Vaccination in Bombay 1869-1873 - 1869-1873
Year: 1869
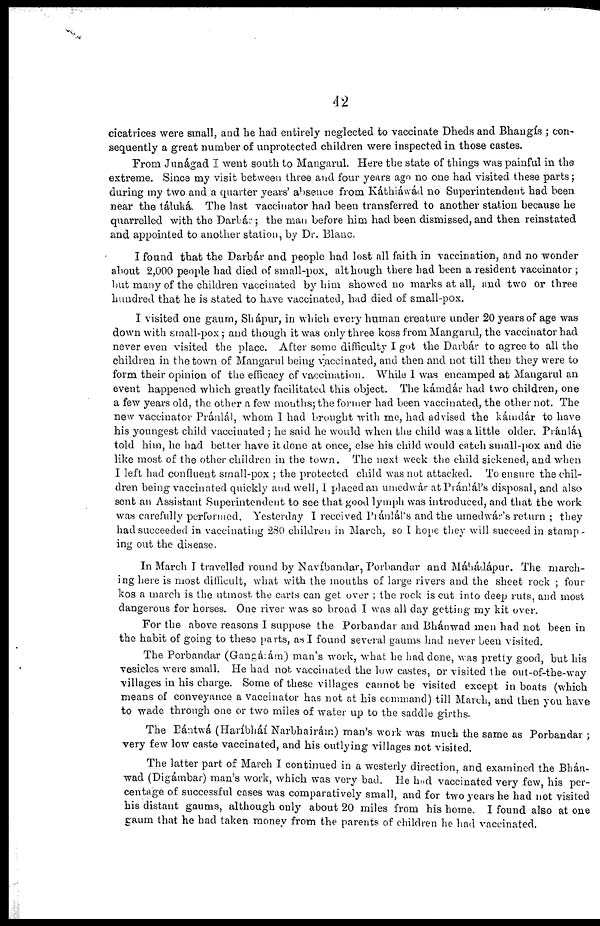
42
cicatrices were small, and he had entirely neglected to vaccinate Dheds and Bhaugís ; con-
sequently a great number of unprotected children were inspected in those castes.
From Junágad I went south to Mangarul. Here the state of things was painful in the
extreme. Since my visit between three and four years age no one had visited these parts;
during my two and a quarter years' absence from Káthiáwád no Superintendent had been
near the táluká. The last vaccinator had been transferred to another station because he
quarrelled with the Darbár; the man before him had been dismissed, and then reinstated
and appointed to another station, by Dr. Blanc.
I found that the Darbár and people had lost all faith in vaccination, and no wonder
about 2,000 people had died of small-pox, although there had been a resident vaccinator ;
but many of the children vaccinated by him showed no marks at all, and two or three
hundred that he is stated to have vaccinated, had died of small-pox.
I visited one gaum, Shápur, in which every human creature under 20 years of age was
down with small-pox ; and though it was only three koss from Mangarul, the vaccinator had
never even visited the place. After some difficulty I got the Darbár to agree to all the
children in the town of Mangarul being vaccinated, and then and not till then they were to
form their opinion of the efficacy of vaccination. While I was encamped at Mangarul an
event happened which greatly facilitated this object. The kámdár had two children, one
a few years old, the other a few months; the former had been vaccinated, the other not. The
new vaccinator Pránlál, whom I had brought with me, had advised the kámdár to have
his youngest child vaccinated ; he said he would when the child was a little older. Pranlal
told him, he had better have it done at once, else his child would catch small-pox and die
like most of the other children in the town. The next week the child sickened, and when
I left had confluent small-pox ; the protected child was not attacked. To ensure the chil-
dren being vaccinated quickly and well, I placed an umedwár at Pránlál's disposal, and also
sent an Assistant Superintendent to see that good lymph was introduced, and that the work
was carefully performed. Yesterday I received Pránlál's and the umedwár's return ; they
had succeeded in vaccinating 280 children in March, so I hope they will succeed in stamp-
ing out the disease.
In March I travelled round by Navíbandar, Porbandar and Máhádápur. The march-
ing here is most difficult, what with the mouths of large rivers and the sheet rock ; four
kos a march is the utmost the carts can get over ; the rock is cut into deep ruts, and most
dangerous for horses. One river was so broad I was all day getting my kit over.
For the above reasons I suppose the Porbandar and Bhánwad men had not been in
the habit of going to these parts, as I found several gaums had never been visited.
The Porbandar (Ganárám) man's work, what he had done, was pretty good, but his
vesicles were small. He had not vaccinated the low castes, or visited the out-of-the-way
villages in his charge. Some of these villages cannot be visited except in boats (which
means of conveyance a vaccinator has not at his command) till March, and then you have
to wade through one or two miles of water up to the saddle girths.
The Bántwá (Haríbháí Narbhairám) man's work was much the same as Porbandar ;
very few low caste vaccinated, and his outlying villages not visited.
The latter part of March I continued in a westerly direction, and examined the Bhán-
wad (Digámbar) man's work, which was very bad. He had vaccinated very few, his per-
centage of successful cases was comparatively small, and for two years he had not visited
his distant gaums, although only about 20 miles from his home. I found also at one
gaum that he had taken money from the parents of children he had vaccinated.